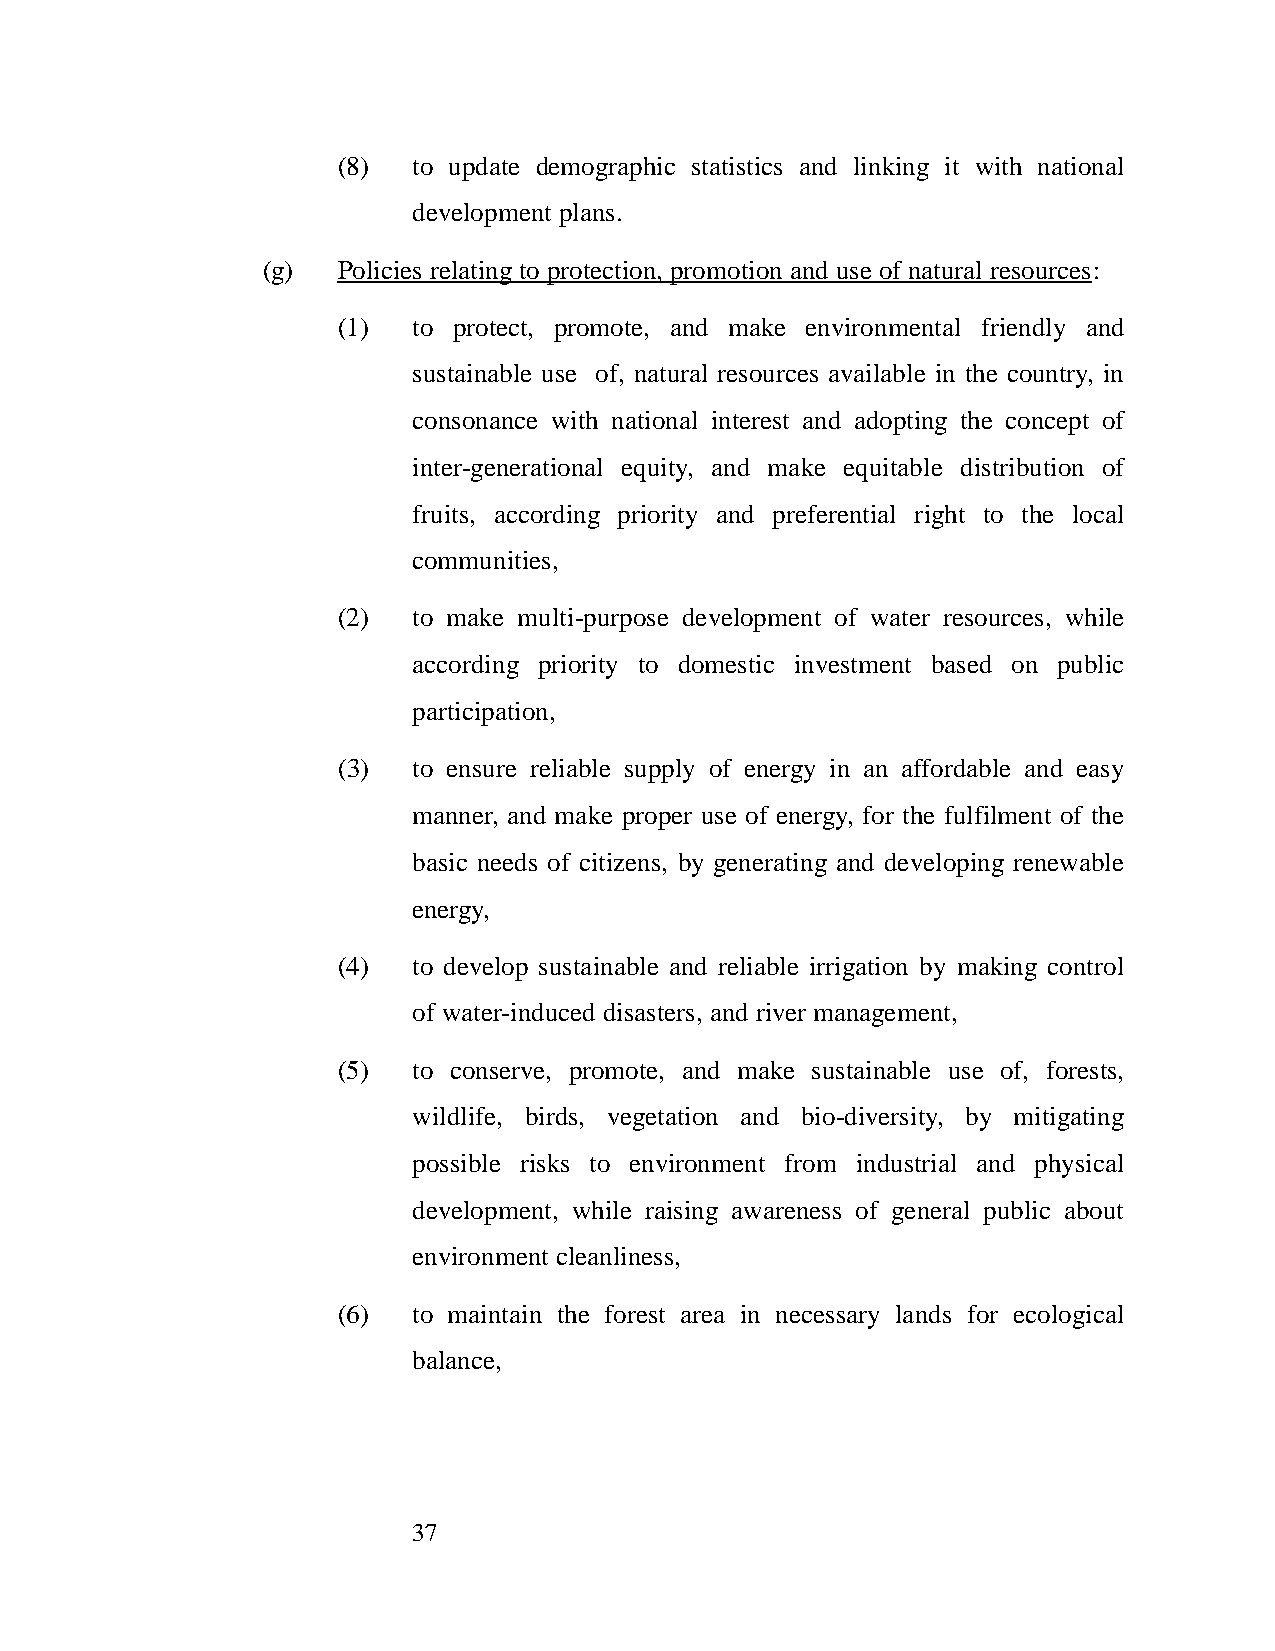
(8)  to update demographic statistics and linking it with national
 development plans.
 (g)  Policies relating to protection, promotion and use of natural resources:
 (1)  to protect, promote, and make environmental friendly and
 sustainable use of, natural resources available in the country, in
 consonance with national interest and adopting the concept of
 inter-generational equity, and make equitable distribution of
 fruits, according priority and preferential right to the local
 communities,
 (2)  to make multi-purpose development of water resources, while
 according priority to domestic investment based on public
 participation,
 (3)  to ensure reliable supply of energy in an affordable and easy
 manner, and make proper use of energy, for the fulfilment of the
 basic needs of citizens, by generating and developing renewable
 energy,
 (4)  to develop sustainable and reliable irrigation by making control
 of water-induced disasters, and river management,
 (5)  to conserve, promote, and make sustainable use of, forests,
 wildlife, birds, vegetation and bio-diversity, by mitigating
 possible risks to environment from industrial and physical
 development, while raising awareness of general public about
 environment cleanliness,
 (6)  to maintain the forest area in necessary lands for ecological
 balance,
 37